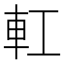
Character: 𨊧